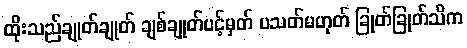
ထိုးသည်ချုတ်ချုတ် ချစ်ချုတ်ပင့်မှတ် ပသတ်မဟုတ် ခြုတ်ခြုတ်သိက